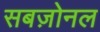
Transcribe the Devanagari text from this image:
सबज़ोनल